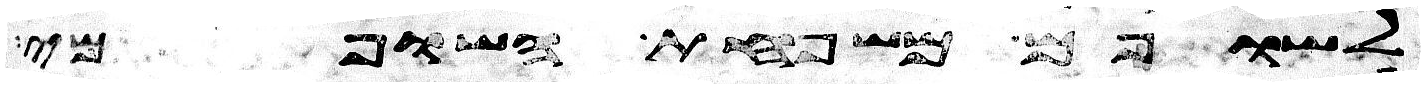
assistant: לשופם משפחת השופמי